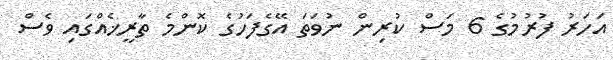
އަހަރު ފުރުމުގެ 6 މަސް ކުރިން ނުވަތަ އޭގެފަހުގެ ކޮންމެ ތާރީޚެއްގައި ވެސް